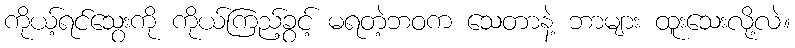
ကိုယ့်ရင်သွေးကို ကိုယ်ကြည့်ခွင့် မရတဲ့ဘဝက သေတာနဲ့ ဘာများ ထူးသေးလို့လဲ။